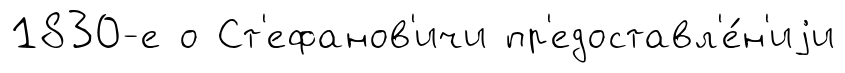
1830-е о Ст'ефанов'ичи пр'едоставл'е́н'иjи